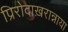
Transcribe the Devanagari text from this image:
प्रिरोदाख़रान्नाया